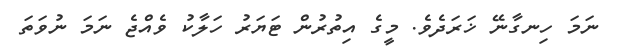
ނަމަ ހިނގާނޭ ޚަރަދެވެ. މީގެ އިތުރުން ޓަޔަރު ހަލާކު ވެއްޖެ ނަމަ ނުވަތަ